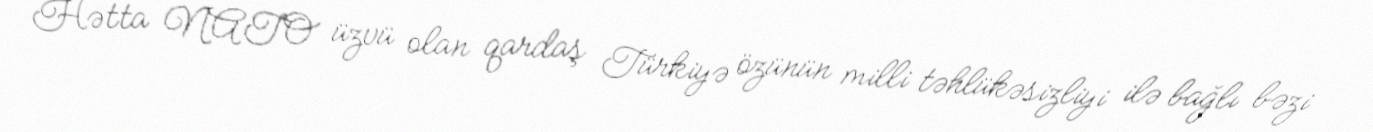
Hətta NATO üzvü olan qardaş Türkiyə özünün milli təhlükəsizliyi ilə bağlı bəzi